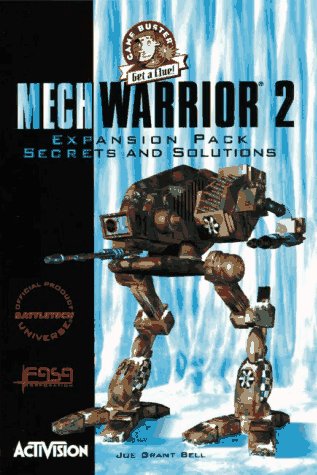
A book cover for MechWarrior 2 Expansion Pack Secrets & Solutions (Game Buster Get a Clue); Joe Grant Bell; Science Fiction & Fantasy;